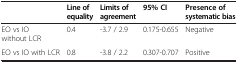
|  | Line of equality | Limits of agreement | 95% CI | Presence of systematic bias |
 | --- | --- | --- | --- | --- |
 | EO vs IO without LCR | 0.4 | -3.7 / 2.9 | 0.175-0.655 | Negative |
 | EO vs IO with LCR | 0.8 | -3.8 / 2.2 | 0.307-0.707 | Positive |